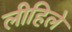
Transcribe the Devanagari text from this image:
लीहिले